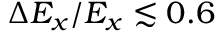
\Delta E _ { x } / E _ { x } \lesssim 0 . 6 \, \